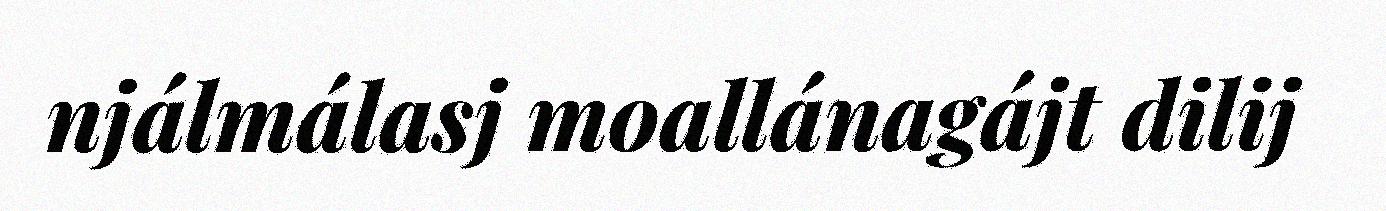
njálmálasj moallánagájt dilij